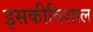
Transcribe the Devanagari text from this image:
इसकीविशाल